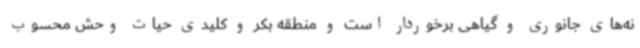
نه‌های جانوری و گیاهی برخوردار است و منطقه بکر و کلیدی حیات وحش محسوب